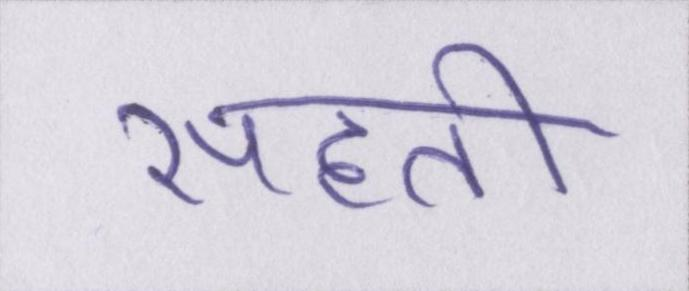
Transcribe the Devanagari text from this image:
सहती